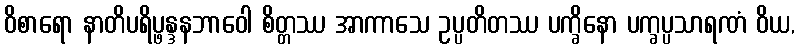
ဝိစာရော နာတိပရိပ္ဖန္ဒနဘာဝေါ စိတ္တဿ အာကာသေ ဥပ္ပတိတဿ ပက္ခိနော ပက္ခပ္ပသာရဏံ ဝိယ,